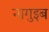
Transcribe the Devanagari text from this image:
नागुइब